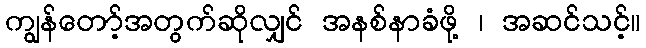
ကျွန်တော့်အတွက်ဆိုလျှင် အနစ်နာခံဖို့ ၊ အဆင်သင့်။